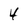
Character: 4